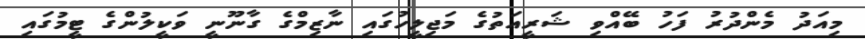
މިއަދު މެންދުރު ފަހު ބޭއްވި ޝަރީއަތުގެ މަޖިލީހުގައި ނާޒިމްގެ ގާނޫނީ ވަކީލުންގެ ޓީމުގައި